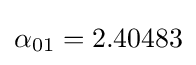
\alpha _{01}=2.40483